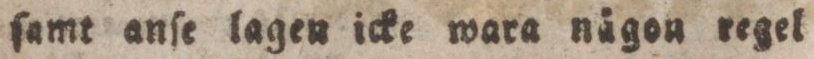
ſamt anſe lagen icke wara någon regel